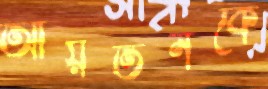
আয়তনকে